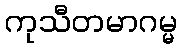
ကုသီတမာဂမ္မ